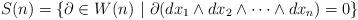
LaTeX: \begin{align*}S(n)=\{ \partial\in W(n) \ \vert \ \partial(dx_1\wedge dx_2\wedge\dots \wedge dx_n)=0\}\end{align*}